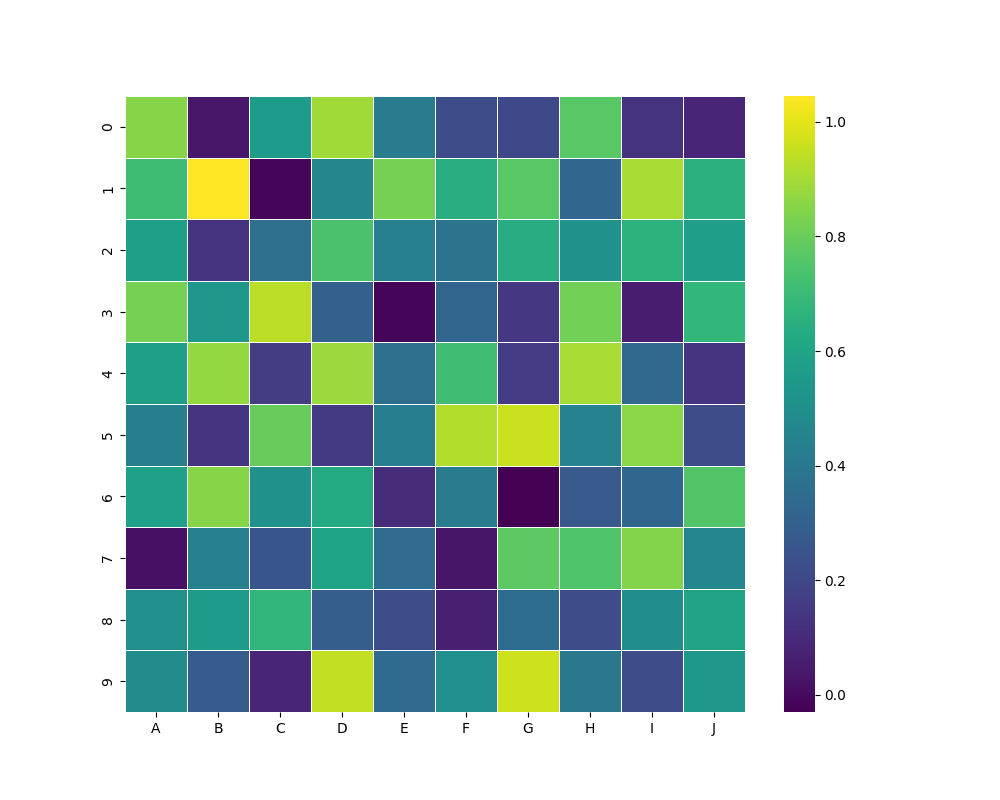
python, seaborn, heatmap, cmap='viridis', linewidths=0.5, center=none